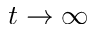
t \to \infty